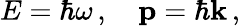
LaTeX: E=\hbar\omega\, ,\quad\mathbf{p}=\hbar\mathbf{k}\, ,